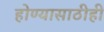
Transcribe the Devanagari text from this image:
होण्यासाठीही